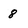
Character: 8